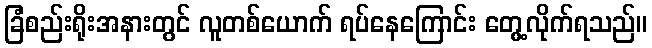
ခြံစည်းရိုးအနားတွင် လူတစ်ယောက် ရပ်နေကြောင်း တွေ့လိုက်ရသည်။